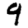
Digit: 9